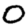
Digit: 0